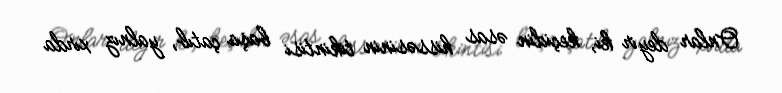
Onlar deyir ki, keçidin əsas hissəsinin tikintisi başa çatıb, yalnız xırda